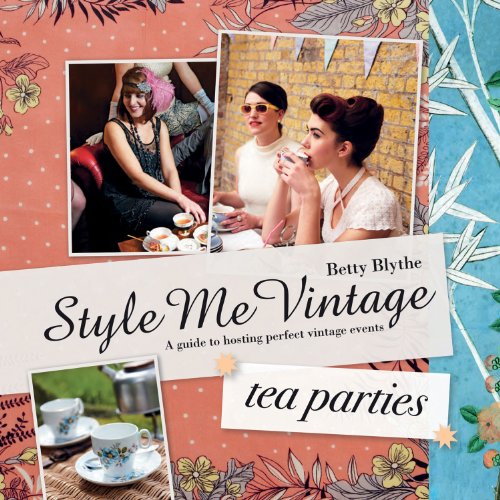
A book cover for Style Me Vintage: Tea Parties: A Guide to Hosting Perfect Vintage Events; Betty Blythe; Cookbooks, Food & Wine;